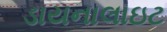
ડાયનાલાઇટ